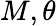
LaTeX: M,\theta